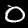
Label: 0